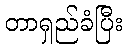
တာရှည်ခံပြီး